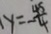
. y = - \frac { 4 5 } { 4 }